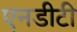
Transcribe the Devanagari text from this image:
एनडीटी